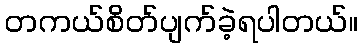
တကယ်စိတ်ပျက်ခဲ့ရပါတယ်။